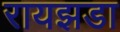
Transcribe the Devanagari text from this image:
रायझडा